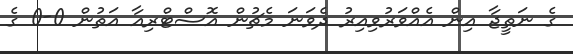
ގެ ނަތީޖާ އިން އެއްވަރުވިއިރު ދެވަނަ މެޗުން އޮސްޓްރިއާ އަތުން 0-0 ގެ